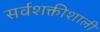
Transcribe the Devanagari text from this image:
सर्वशक्तीशाली